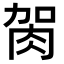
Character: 𦙲